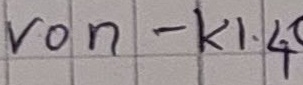
Text: von - K1.4